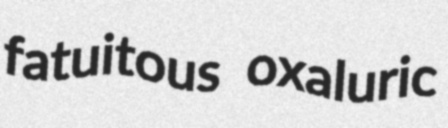
fatuitous oxaluric